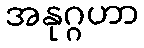
အနုဂ္ဂဟာ